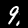
Label: 9